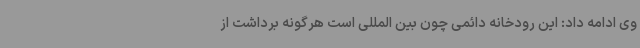
وی ادامه داد: این رودخانه دائمی چون بین المللی است هرگونه برداشت از